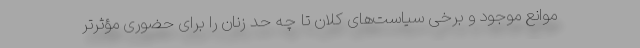
موانع موجود و برخی سیاست‌های کلان تا چه حد زنان را برای حضوری مؤثرتر